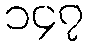
၁၄၇